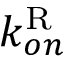
k _ { o n } ^ { \mathrm { R } }